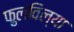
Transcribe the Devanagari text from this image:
फुलविल्या